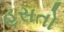
હસતો